Lunatic asylums Bombay report 1878-1890 - 1878-1890
Year: 1878
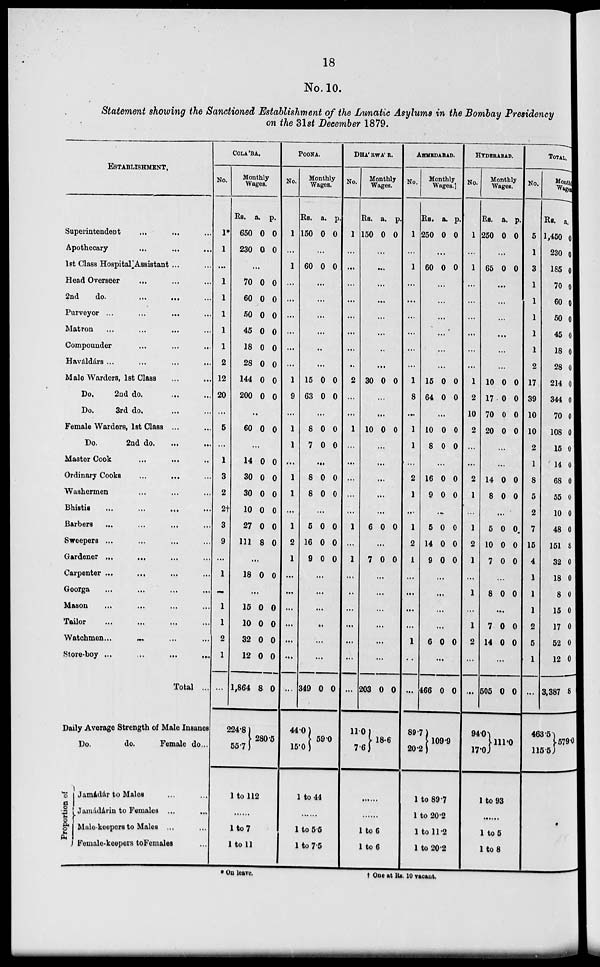
18
No. 10.
Statement showing the Sanctioned Establishment of the Lunatic Asylums in the Bombay Presidency
on the 31st December 1879.
ESTABLISHMENT.
Superintendent ... ... ...
Apothecary ... ... ...
1 st Class Hospital Assistant ... ...
Head Overseer ... ... ...
2nd
do.
...
...
...
Purveyor ... ... ... ...
Matron ... ... ... ...
Compounder ... ... ...
Haváldárs ... ... ... ...
Male Warders, 1st Class ... ...
Do.
2nd do. ... ...
Do.
3rd do. ... ...
Female Warders, 1st Class ... ...
Do.
2nd do. ... ...
Master Cook ... ... ...
Ordinary Cooks ... ... ...
Washermen ... ... ...
Bhistis ... ... ... ...
Barbers ... ... ... ...
Sweepers ... ... ... ...
Gardener ... ... ... ...
Carpenter ... ... ... ...
Goorga ... ... ... ...
Mason ... ... ... ...
Tailor ... ... ... ...
Watchmen ... ... ... ...
Store-boy ... ... ... ...
Total ...
Daily Average Strength of Male Insanes
Do.
do.
Female do...
Proportion of
Jamádár to Males ... ...
Jamádárin to Females
...
Mule-keepers to Males ...
Female-keepers to Females ...
COLA'BA.
No.
1*
1
...
1
1
1
1
1
2
12
20
...
5
...
1
3
2
2†
3
9
...
1
...
1
1
2
1
...
Monthly
Wages.
Rs.
650
230
a.
0
0
p.
0
0
...
70
60
50
45
18
28
144
200
0
0
0
0
0
0
0
0
0
0
0
0
0
0
0
0
..
60 0 0
...
14
30
30
10
27
111
0
0
0
0
0
8
0
0
0
0
0
0
...
18 0 0
...
15
10
32
12
1,864
224.8
55.7
0
0
0
0
8
0
0
0
0
0
280.5
1 to 112
1 to 7
1 to 11
POONA.
No.
1
...
1
...
...
...
...
...
...
1
9
...
1
1
...
1
1
...
1
2
1
...
...
...
...
...
...
...
Monthly
Wages.
Rs.
150
a.
0
p.
0
...
60 0 0
...
...
...
...
..
...
15
63
0
0
0
0
...
8
7
0
0
0
0
...
8
8
0
0
0
0
...
5
16
9
0
0
0
0
0
0
...
...
...
...
...
...
349
44.01
15.0
0 0
59.0
1 to 44
1 to 5 5
1 to 7.5
DHA'RWA'R.
No.
1
...
...
...
...
...
...
...
..
2
...
...
1
...
...
...
...
...
1
...
1
...
...
...
...
...
...
...
Monthly
Wages.
Rs.
150
a.
0
p.
0
...
...
...
...
...
...
..
...
30 0 0
...
...
10 0 0
...
...
...
...
...
6 0 0
...
7 0 0
...
...
...
...
...
...
203
11.0
7.6
0 0
18.6
1 to 6
1 to 6
AHMEDABAD.
No.
1
...
1
...
...
...
...
...
...
1
8
...
1
1
...
2
1
...
1
2
1
...
...
...
...
1
...
Monthly
Wages.
Rs.
250
a.
0
p.
0
...
60 0 0
...
...
...
...
...
...
15
64
0
0
0
0
...
10
8
0
0
0
0
...
16
9
0
0
0
0
...
5
14
9
0
0
0
0
0
0
...
...
...
...
6 0 0
...
466
89.7
20.2
0 0
109.9
1 to 89.7
1 to 20.2
1 to 11.2
1 to 202
HYDERABAD.
No.
1
...
1
...
...
...
...
...
...
1
2
10
2
...
...
2
1
...
1
2
1
...
1
...
1
2
...
...
Monthly
Wages.
Rs.
250
a.
0
p.
0
...
65 0 0
...
...
...
...
...
...
10
17
70
20
0
0
0
0
0
0
0
0
...
...
14
8
0
0
0
0
...
5
10
7
0
0
0
0
0
0
...
8 0 0
...
7
14
0
0
0
0
...
505
94.0
17.0
0 0
111.0
1 to 93
1 to5
1 to 8
TOTAL.
No.
5
1
3
1
1
1
1
1
2
17
39
10
10
2
1
8
5
2
7
15
4
1
1
1
2
5
1
...
Month
Wages.
Rs.
1,450
230
185
70
60
50
45
18
28
214
344
70
108
15
14
68
55
10
48
151
32
18
8
15
17
52
12
3,387
463.5
115.5
a.
0
0
0
0
0
0
0
0
0
0
0
0
0
0
0
0
0
0
0
8
0
0
0
0
0
0
0
8
579.0
*On leave.
†
One at Rs. 10 vacant.